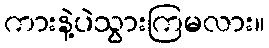
ကားနဲ့ပဲသွားကြမလား။